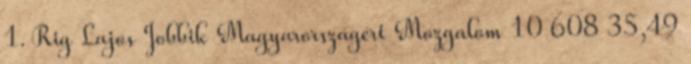
1. Rig Lajos Jobbik Magyarországért Mozgalom 10 608 35,49